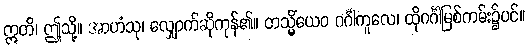
ဣတိ၊ ဤသို့။ အာဟံသု၊ လျှောက်ဆိုကုန်၏။ တသ္မိံယေဝ ဂင်္ဂါကူလေ၊ ထိုဂင်္ဂါမြစ်ကမ်း၌ပင်။